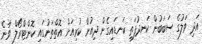
އަދި ވަލުގެ ސަބަބުން ކަނދުފަތި ކަނޑައިގެން ދިއުން ކުރިއަށް އޮތްތަނުގައި ކޮންޓްރޯލް ވާނެ